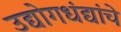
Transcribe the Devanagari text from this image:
उद्योगधंद्यांचे